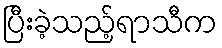
ပြီးခဲ့သည့်ရာသီက